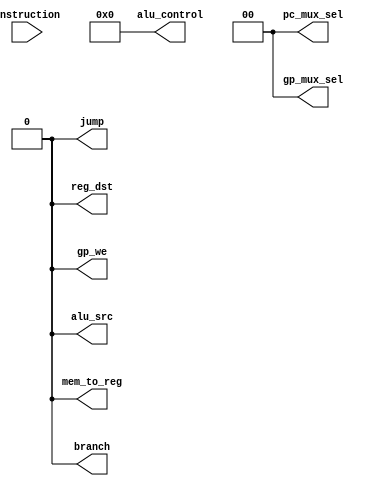
module InstructionDecoder(
    input wire [31:0] instruction,
    output reg [3:0] alu_control,
    output reg alu_src,
    output reg [1:0] pc_mux_sel,
    output reg [1:0] gp_mux_sel,
    output reg branch,
    output reg jump,
    output reg mem_to_reg,
    output reg reg_dst,
    output reg gp_we
);
    // Add the logic for the instruction decoder here
    always @(*) begin
        // Decode instruction here
        alu_control = 4'b0000;
        alu_src = 0;
        pc_mux_sel = 2'b00;
        gp_mux_sel = 2'b00;
        branch = 0;
        jump = 0;
        mem_to_reg = 0;
        reg_dst = 0;
        gp_we = 0;
    end
endmodule